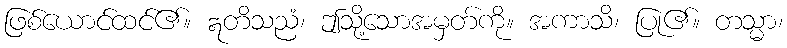
ဖြစ်ယောင်ထင်၏။ ဣတိသညံ၊ ဤသို့သောအမှတ်ကို။ အကာသိ၊ ပြု၏။ တသ္မာ၊